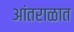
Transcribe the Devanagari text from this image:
आंतराळात